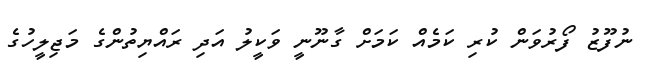
ނުފޫޒު ފޯރުވަން ކުރި ކަމެއް ކަމަށް ގާނޫނީ ވަކީލު އަދި ރައްޔިތުންގެ މަޖިލީހުގެ